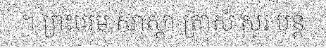
។ ព្រះបរម សាស្តា ត្រាស់ សួរ បន្ត